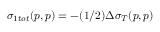
\sigma _ { 1 t o t } ( p , p ) = - ( 1 / 2 ) \Delta \sigma _ { T } ( p , p )